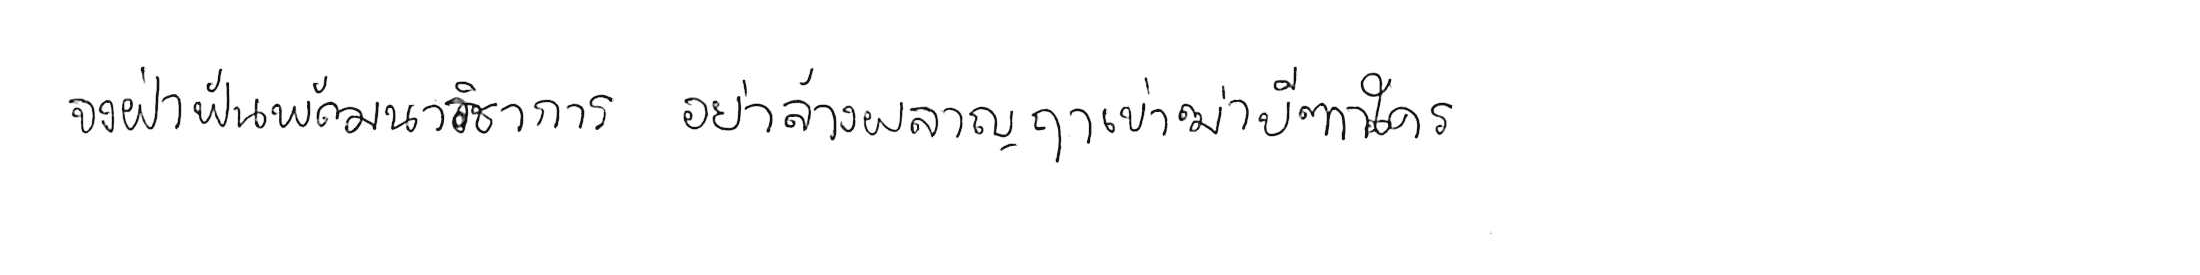
จงฝ่าฟันพัฒนาวิชาการ อย่าล้างผลาญฤๅเข่นฆ่าบีฑาใคร